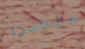
مايحدث